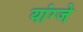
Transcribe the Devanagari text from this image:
यांग्जे